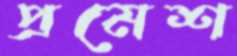
প্রমেশ